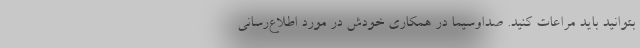
بتوانید باید مراعات کنید. صداوسیما در همکاری خودش در مورد اطلاع‌رسانی